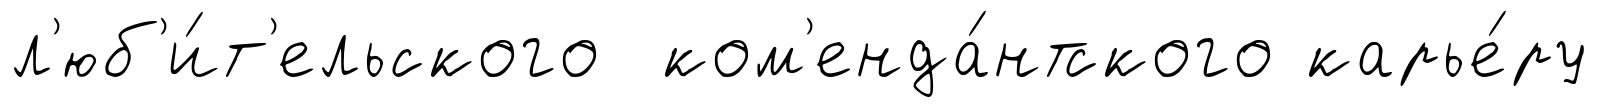
л'юб'и́т'ельского ком'енда́нтского карье́ру